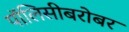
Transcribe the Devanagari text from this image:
पॉलिसीबरोबर